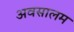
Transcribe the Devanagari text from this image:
अवसालम